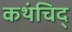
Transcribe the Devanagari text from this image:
कथंचिद्